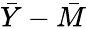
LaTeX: {\bar{Y}}-{\bar{M}}